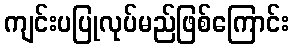
ကျင်းပပြုလုပ်မည်ဖြစ်ကြောင်း